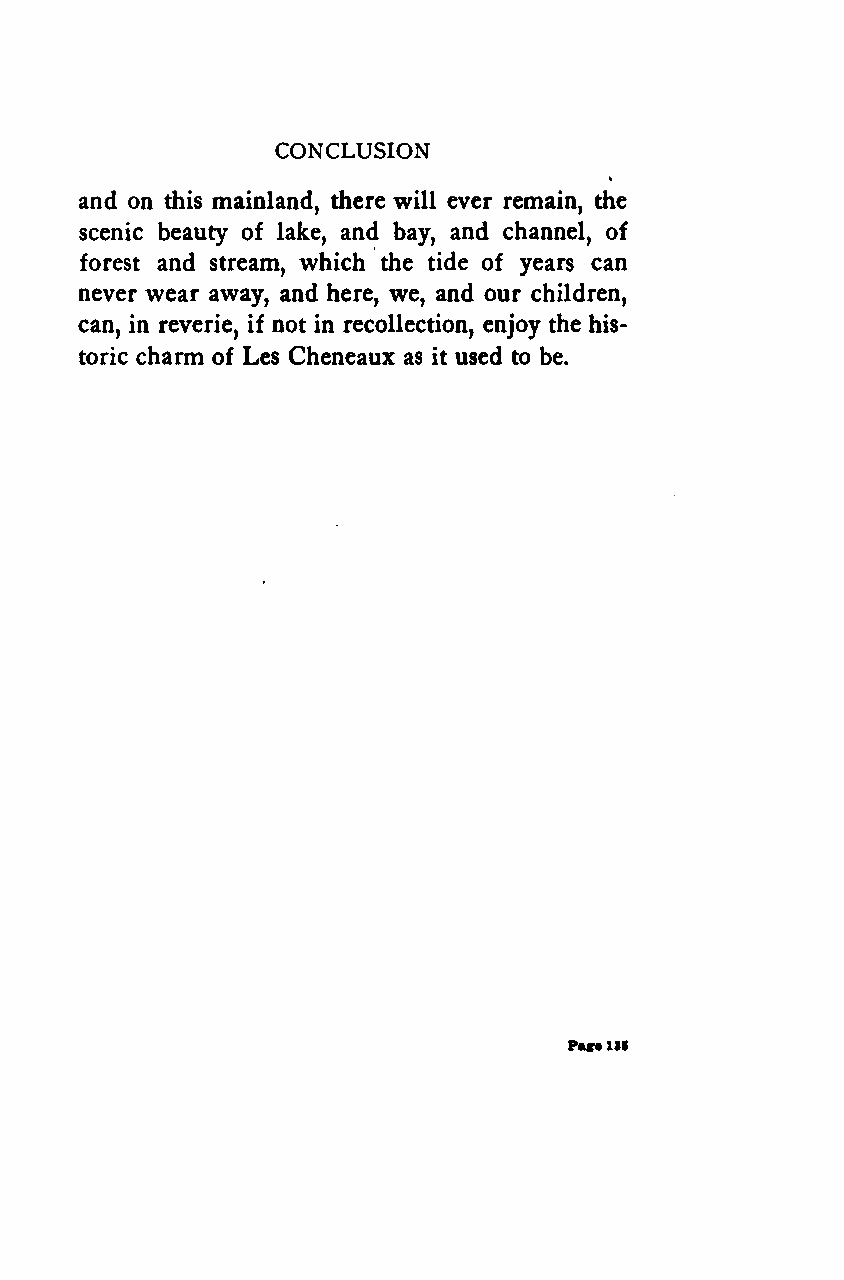
CONCLUSION
 and on this mainland, there will ever remain, the
 scenic beauty of lake, and bay, and channel, of
 forest and stream, which the tide of years can
 never wear away, and here, we, and our children,
 can, in reverie, if not in recollection, enjoy the his-
 toric charm of Les Cheneaux as it used to be.
 Pare111
 Google
 Digitizedby